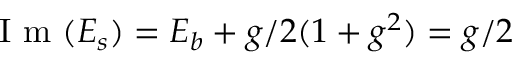
\mathrm { ~ I ~ m ~ } ( E _ { s } ) = E _ { b } + g / 2 ( 1 + g ^ { 2 } ) = g / 2